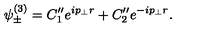
\psi _ { \pm } ^ { ( 3 ) } = C _ { 1 } ^ { \prime \prime } e ^ { i p _ { \bot } r } + C _ { 2 } ^ { \prime \prime } e ^ { - i p _ { \bot } r } .